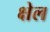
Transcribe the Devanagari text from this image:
क्षेल